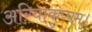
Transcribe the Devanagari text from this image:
अरियाकुप्पम।